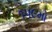
૧૫૯મો